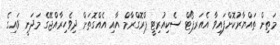
މަތިން ތައްޔާރުކޮށްފައިވާ އެއަރޕޯޓް ސެކިއުރިޓީ ޕްރޮގްރާމް އާއި އެއްގޮތަށް ދިވެހިރާއްޖޭގެ މަދަނީ ވައިގެ